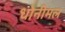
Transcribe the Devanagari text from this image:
धोनीमल